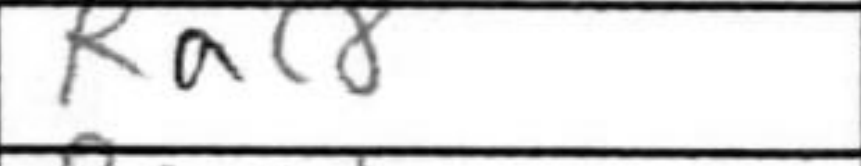
Transcription: Rac8